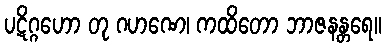
ပဋိဂ္ဂဟော တု ဂဟဏေ၊ ကထိတော ဘာဇနန္တရေ။